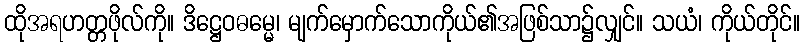
ထိုအရဟတ္တဖိုလ်ကို။ ဒိဋ္ဌေဝဓမ္မေ၊ မျက်မှောက်သောကိုယ်၏အဖြစ်သာ၌လျှင်။ သယံ၊ ကိုယ်တိုင်။